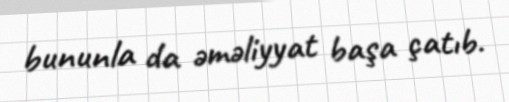
bununla da əməliyyat başa çatıb.